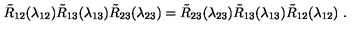
\tilde { R } _ { 1 2 } ( \lambda _ { 1 2 } ) \tilde { R } _ { 1 3 } ( \lambda _ { 1 3 } ) \tilde { R } _ { 2 3 } ( \lambda _ { 2 3 } ) = \tilde { R } _ { 2 3 } ( \lambda _ { 2 3 } ) \tilde { R } _ { 1 3 } ( \lambda _ { 1 3 } ) \tilde { R } _ { 1 2 } ( \lambda _ { 1 2 } ) \ .